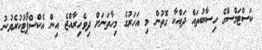
ކަސްޓަމްސްގެ ހިސާބުތައް ދައްކާ ގޮތުން މި އަހަރުގެ މިހާތަނަށް ދިވެހިރާއްޖެ އިން އެކްސްޕޯޓުކުރެވުނު